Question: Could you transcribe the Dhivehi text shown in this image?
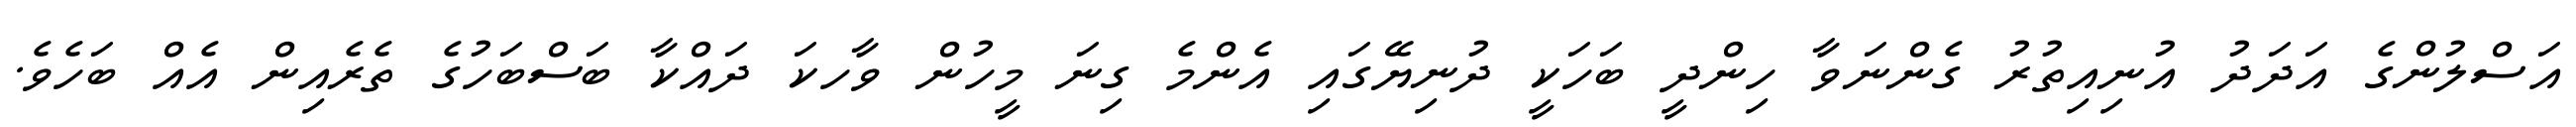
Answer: އަސްލުންގެ އަދަދު އުނިއިތުރު ގެންނަވާ ހިންދީ ބަހަކީ ދުނިޔޭގައި އެންމެ ގިނަ މީހުން ވާހކަ ދައްކާ ބަސްބަހުގެ ތެރެއިން އެއް ބަހެވެ.